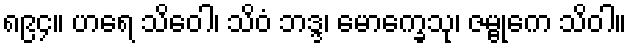
၈၉၄။ ဟရေ သိဝေါ၊ သိဝံ ဘဒ္ဒ၊ မောက္ခေသု၊ ဇမ္ဗုကေ သိဝါ။